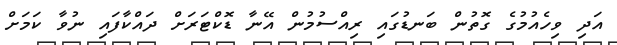
އަދި ވިހެއުމުގެ ގޮތުން ބަނޑުގައި ރިއްސުމުން އޭނާ ޑޮކްޓަރަށް ދައްކާފައި ނުވާ ކަމަށް